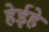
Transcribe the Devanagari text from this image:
हेईहे